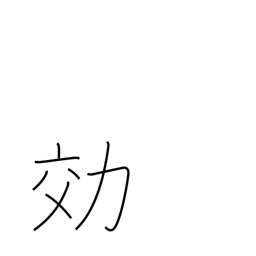
Meaning: efficiency